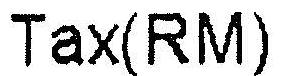
TAX(RM)